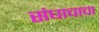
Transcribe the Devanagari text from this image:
संघाचाचा